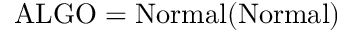
\mathrm { A L G O } = \mathrm { N o r m a l } ( \mathrm { N o r m a l } )